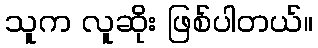
သူက လူဆိုး ဖြစ်ပါတယ်။